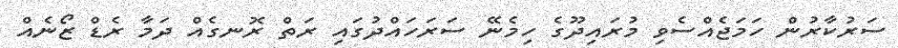
ސަރުކާރުން ހަމަޖެއްސެވި މުރައިދޫގެ ހިމެނޭ ސަރަހައްދުގައި ރަތް ރޮނގެއް ދަމާ ރެޑް ޒޯނެއް